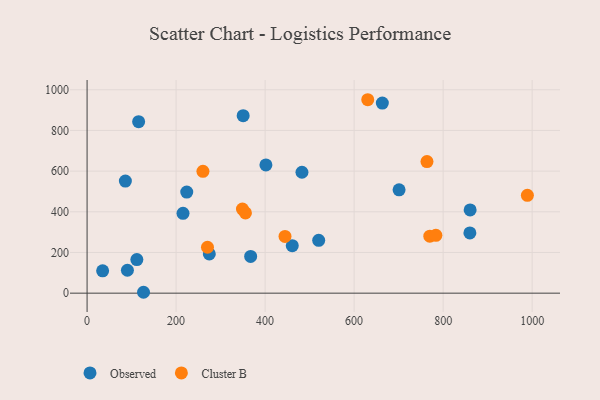
{"axis": {"x": "Study Hours", "y": "Rating"}, "legend": ["Cluster B", "Observed"], "data": [{"x": "401.8", "y": 630.2, "type": "Observed"}, {"x": "90.6", "y": 112.7, "type": "Observed"}, {"x": "126.8", "y": 4.4, "type": "Observed"}, {"x": "482.8", "y": 594.4, "type": "Observed"}, {"x": "86.0", "y": 551.0, "type": "Observed"}, {"x": "663.4", "y": 934.6, "type": "Observed"}, {"x": "274.6", "y": 192.8, "type": "Observed"}, {"x": "701.0", "y": 508.1, "type": "Observed"}, {"x": "115.8", "y": 843.1, "type": "Observed"}, {"x": "111.8", "y": 165.3, "type": "Observed"}, {"x": "34.9", "y": 110.0, "type": "Observed"}, {"x": "215.5", "y": 392.4, "type": "Observed"}, {"x": "520.4", "y": 259.8, "type": "Observed"}, {"x": "860.7", "y": 409.3, "type": "Observed"}, {"x": "367.5", "y": 180.5, "type": "Observed"}, {"x": "223.9", "y": 497.1, "type": "Observed"}, {"x": "350.7", "y": 872.4, "type": "Observed"}, {"x": "461.0", "y": 233.4, "type": "Observed"}, {"x": "860.1", "y": 296.0, "type": "Observed"}, {"x": "349.1", "y": 413.3, "type": "Cluster B"}, {"x": "260.3", "y": 599.0, "type": "Cluster B"}, {"x": "770.1", "y": 280.4, "type": "Cluster B"}, {"x": "989.3", "y": 481.1, "type": "Cluster B"}, {"x": "763.7", "y": 646.7, "type": "Cluster B"}, {"x": "630.6", "y": 950.9, "type": "Cluster B"}, {"x": "270.5", "y": 225.8, "type": "Cluster B"}, {"x": "444.7", "y": 278.8, "type": "Cluster B"}, {"x": "783.7", "y": 284.1, "type": "Cluster B"}, {"x": "355.8", "y": 394.5, "type": "Cluster B"}]}